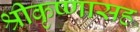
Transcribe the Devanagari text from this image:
श्रीकृष्णासह